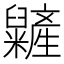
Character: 𥽱